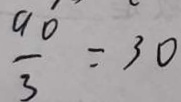
\frac { 9 0 } { 3 } = 3 0